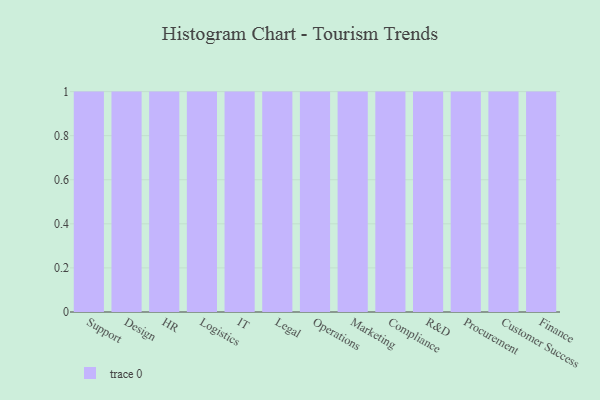
{"axis": {"x": "Department", "y": "Inventory Turnover"}, "legend": [""], "data": [{"x": "Support", "y": 62, "type": ""}, {"x": "Design", "y": 61, "type": ""}, {"x": "HR", "y": 67, "type": ""}, {"x": "Logistics", "y": 4, "type": ""}, {"x": "IT", "y": 57, "type": ""}, {"x": "Legal", "y": 69, "type": ""}, {"x": "Operations", "y": 3, "type": ""}, {"x": "Marketing", "y": 84, "type": ""}, {"x": "Compliance", "y": 52, "type": ""}, {"x": "R&D", "y": 14, "type": ""}, {"x": "Procurement", "y": 44, "type": ""}, {"x": "Customer Success", "y": 66, "type": ""}, {"x": "Finance", "y": 54, "type": ""}]}